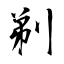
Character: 剃